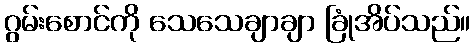
ဂွမ်းစောင်ကို သေသေချာချာ ခြုံအိပ်သည်။